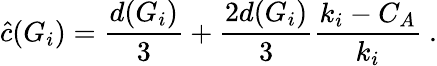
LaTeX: \hat{c}(G_{i})=\frac{d(G_{i})}{3}+\frac{2d(G_{i})}{3}\frac{k_{i}-C_{A}}{k_{i}}~.